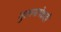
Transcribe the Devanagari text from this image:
गुलामापेक्षाही